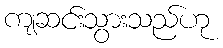
ကျဆင်းသွားသည်ဟု